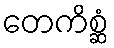
တေကိစ္ဆံ